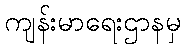
ကျန်းမာရေးဌာနမှ